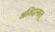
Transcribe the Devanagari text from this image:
अतिदानात्